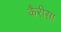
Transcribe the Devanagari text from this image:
कैरीसा